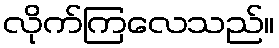
လိုက်ကြလေသည်။